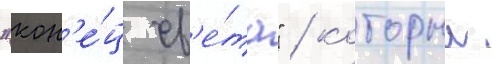
"кон'е́ц св'е́та" / которыи